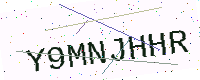
Text: Y9MNJHHR